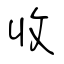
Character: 收